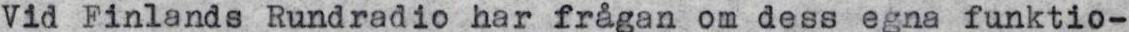
Vid Finlands Rundradio har frågan om dess egna funktio-